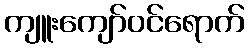
ကျူးကျော်ဝင်ရောက်